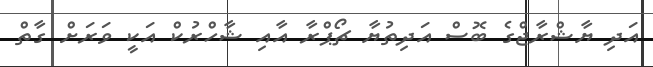
އަދި ޔާޝްރާޖްގެ ބޮސް އަދިތުޔާ ޗޯޕްރާ އާއި ޝާހްރުކް އަކީ ވަރަށް ގާތް